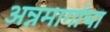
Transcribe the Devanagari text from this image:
अन्नमार्गाचा